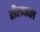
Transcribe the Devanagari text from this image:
शीलधवल